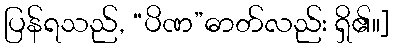
ပြန်ရသည်, “ပိဏ”ဓာတ်လည်း ရှိ၏။]